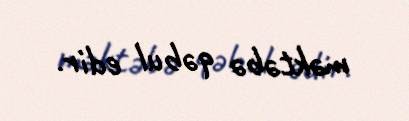
məktəbə qəbul edir.